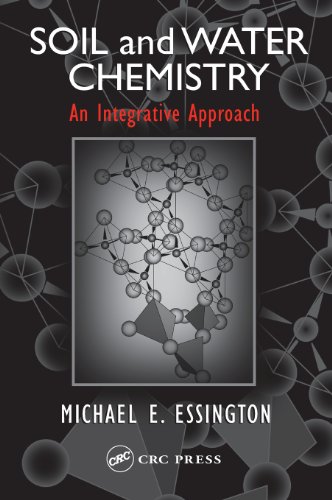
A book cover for Soil and Water Chemistry: An Integrative Approach; Michael E. Essington; Science & Math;